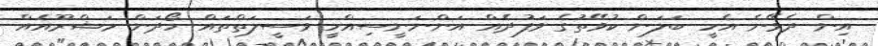
އިން ދެވޭނެ އެހީ ބަލަން ކުވޭތުގެ ވަފުދެއް އަންނަނީސިއްހީ ވަސީލަތްތައް ހޯދަން މަޝްރޫއެއް